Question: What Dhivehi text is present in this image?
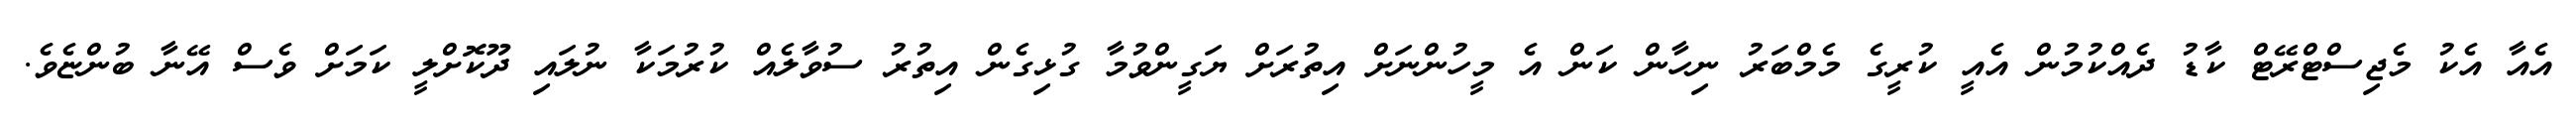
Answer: އެއާ އެކު މެޖިސްޓްރޭޓް ކާޑު ދެއްކުމުން އެއީ ކުރީގެ މެމްބަރު ނިހާން ކަން އެ މީހުންނަށް އިތުރަށް ޔަގީންވުމާ ގުޅިގެން އިތުރު ސުވާލެއް ކުރުމަކާ ނުލައި ދޫކޮށްލީ ކަމަށް ވެސް އޭނާ ބުންޏެވެ.